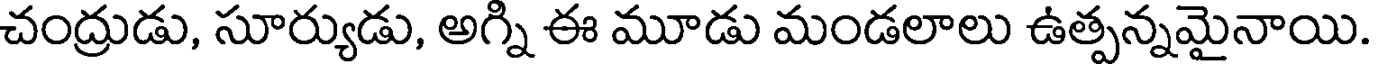
చంద్రుడు, సూర్యుడు, అగ్ని ఈ మూడు మండలాలు ఉత్పన్నమైనాయి